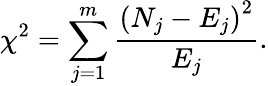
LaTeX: \chi^{2}=\sum_{j=1}^{m}\frac{\left(N_{j}-E_{j}\right)^{2}}{E_{j}}.